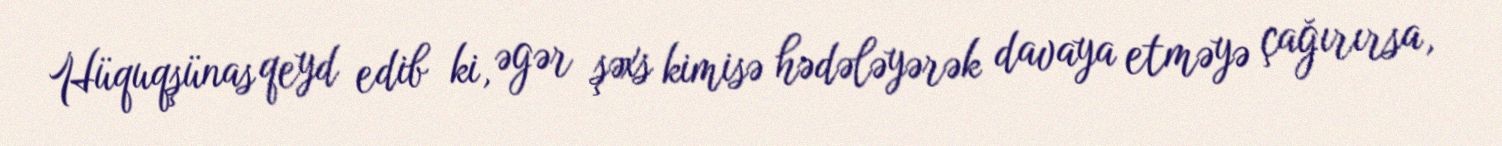
Hüquqşünas qeyd edib ki, əgər şəxs kimisə hədələyərək davaya etməyə çağırırsa,